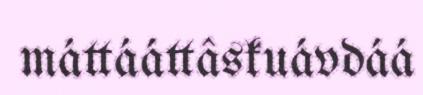
máttááttâskuávdáá